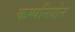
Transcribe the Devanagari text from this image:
कम्पनियोन